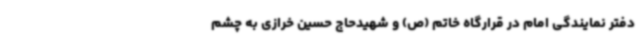
دفتر نمایندگی امام در قرارگاه خاتم (ص) و شهیدحاج حسین خرازی به چشم